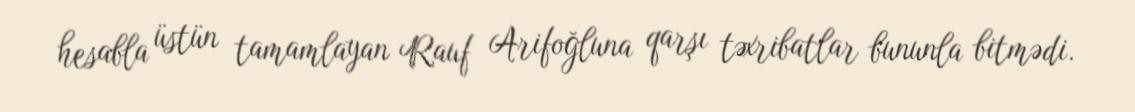
hesabla üstün tamamlayan Rauf Arifoğluna qarşı təxribatlar bununla bitmədi.